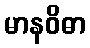
မာနဝိဓာ